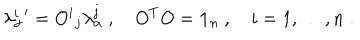
LaTeX: \lambda _ { \alpha } ^ { i } { ' } = { O ^ { i } } _ { j } \lambda _ { \alpha } ^ { j } \ , \quad O ^ { T } O = { \bf 1 } _ { n } \ , \quad i = 1 , \dots , n \; .